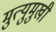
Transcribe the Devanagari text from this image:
मुत्युमुखी